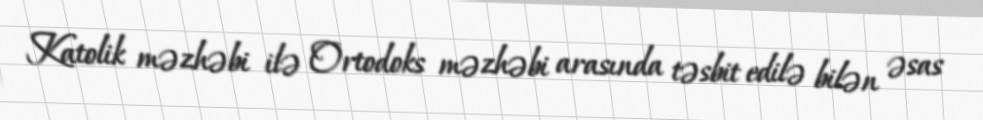
Katolik məzhəbi ilə Ortodoks məzhəbi arasında təsbit edilə bilən əsas